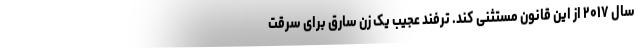
سال ۲۰۱۷ از این قانون مستثنی کند. ترفند عجیب یک زن سارق برای سرقت